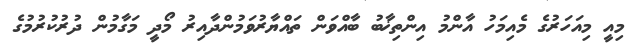
މިއީ މިއަހަރުގެ މެއިމަހު އާންމު އިންތިޚާބު ބާއްވަން ތައްޔާރުވަމުންދާއިރު މޯދީ މަގާމުން ދުރުކުރުމުގެ